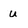
Character: u